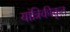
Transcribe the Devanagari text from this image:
यांत्रिकीकृत